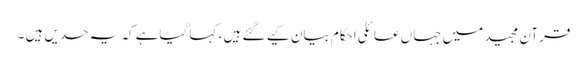
قرآن مجید میں جہاں عائلی احکام بیان کیے گئے ہیں ، کہا گیاہے کہ یہ حدیں ہیں ۔